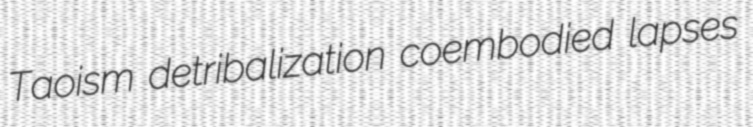
Taoism detribalization coembodied lapses